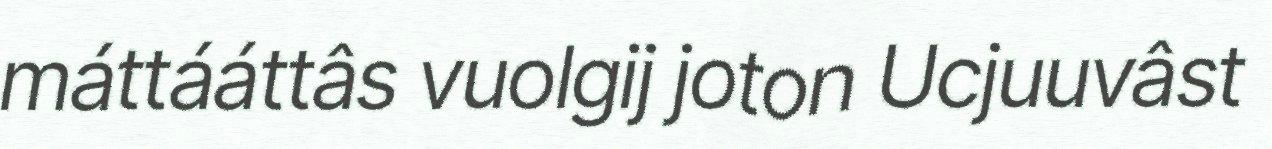
máttááttâs vuolgij joton Ucjuuvâst